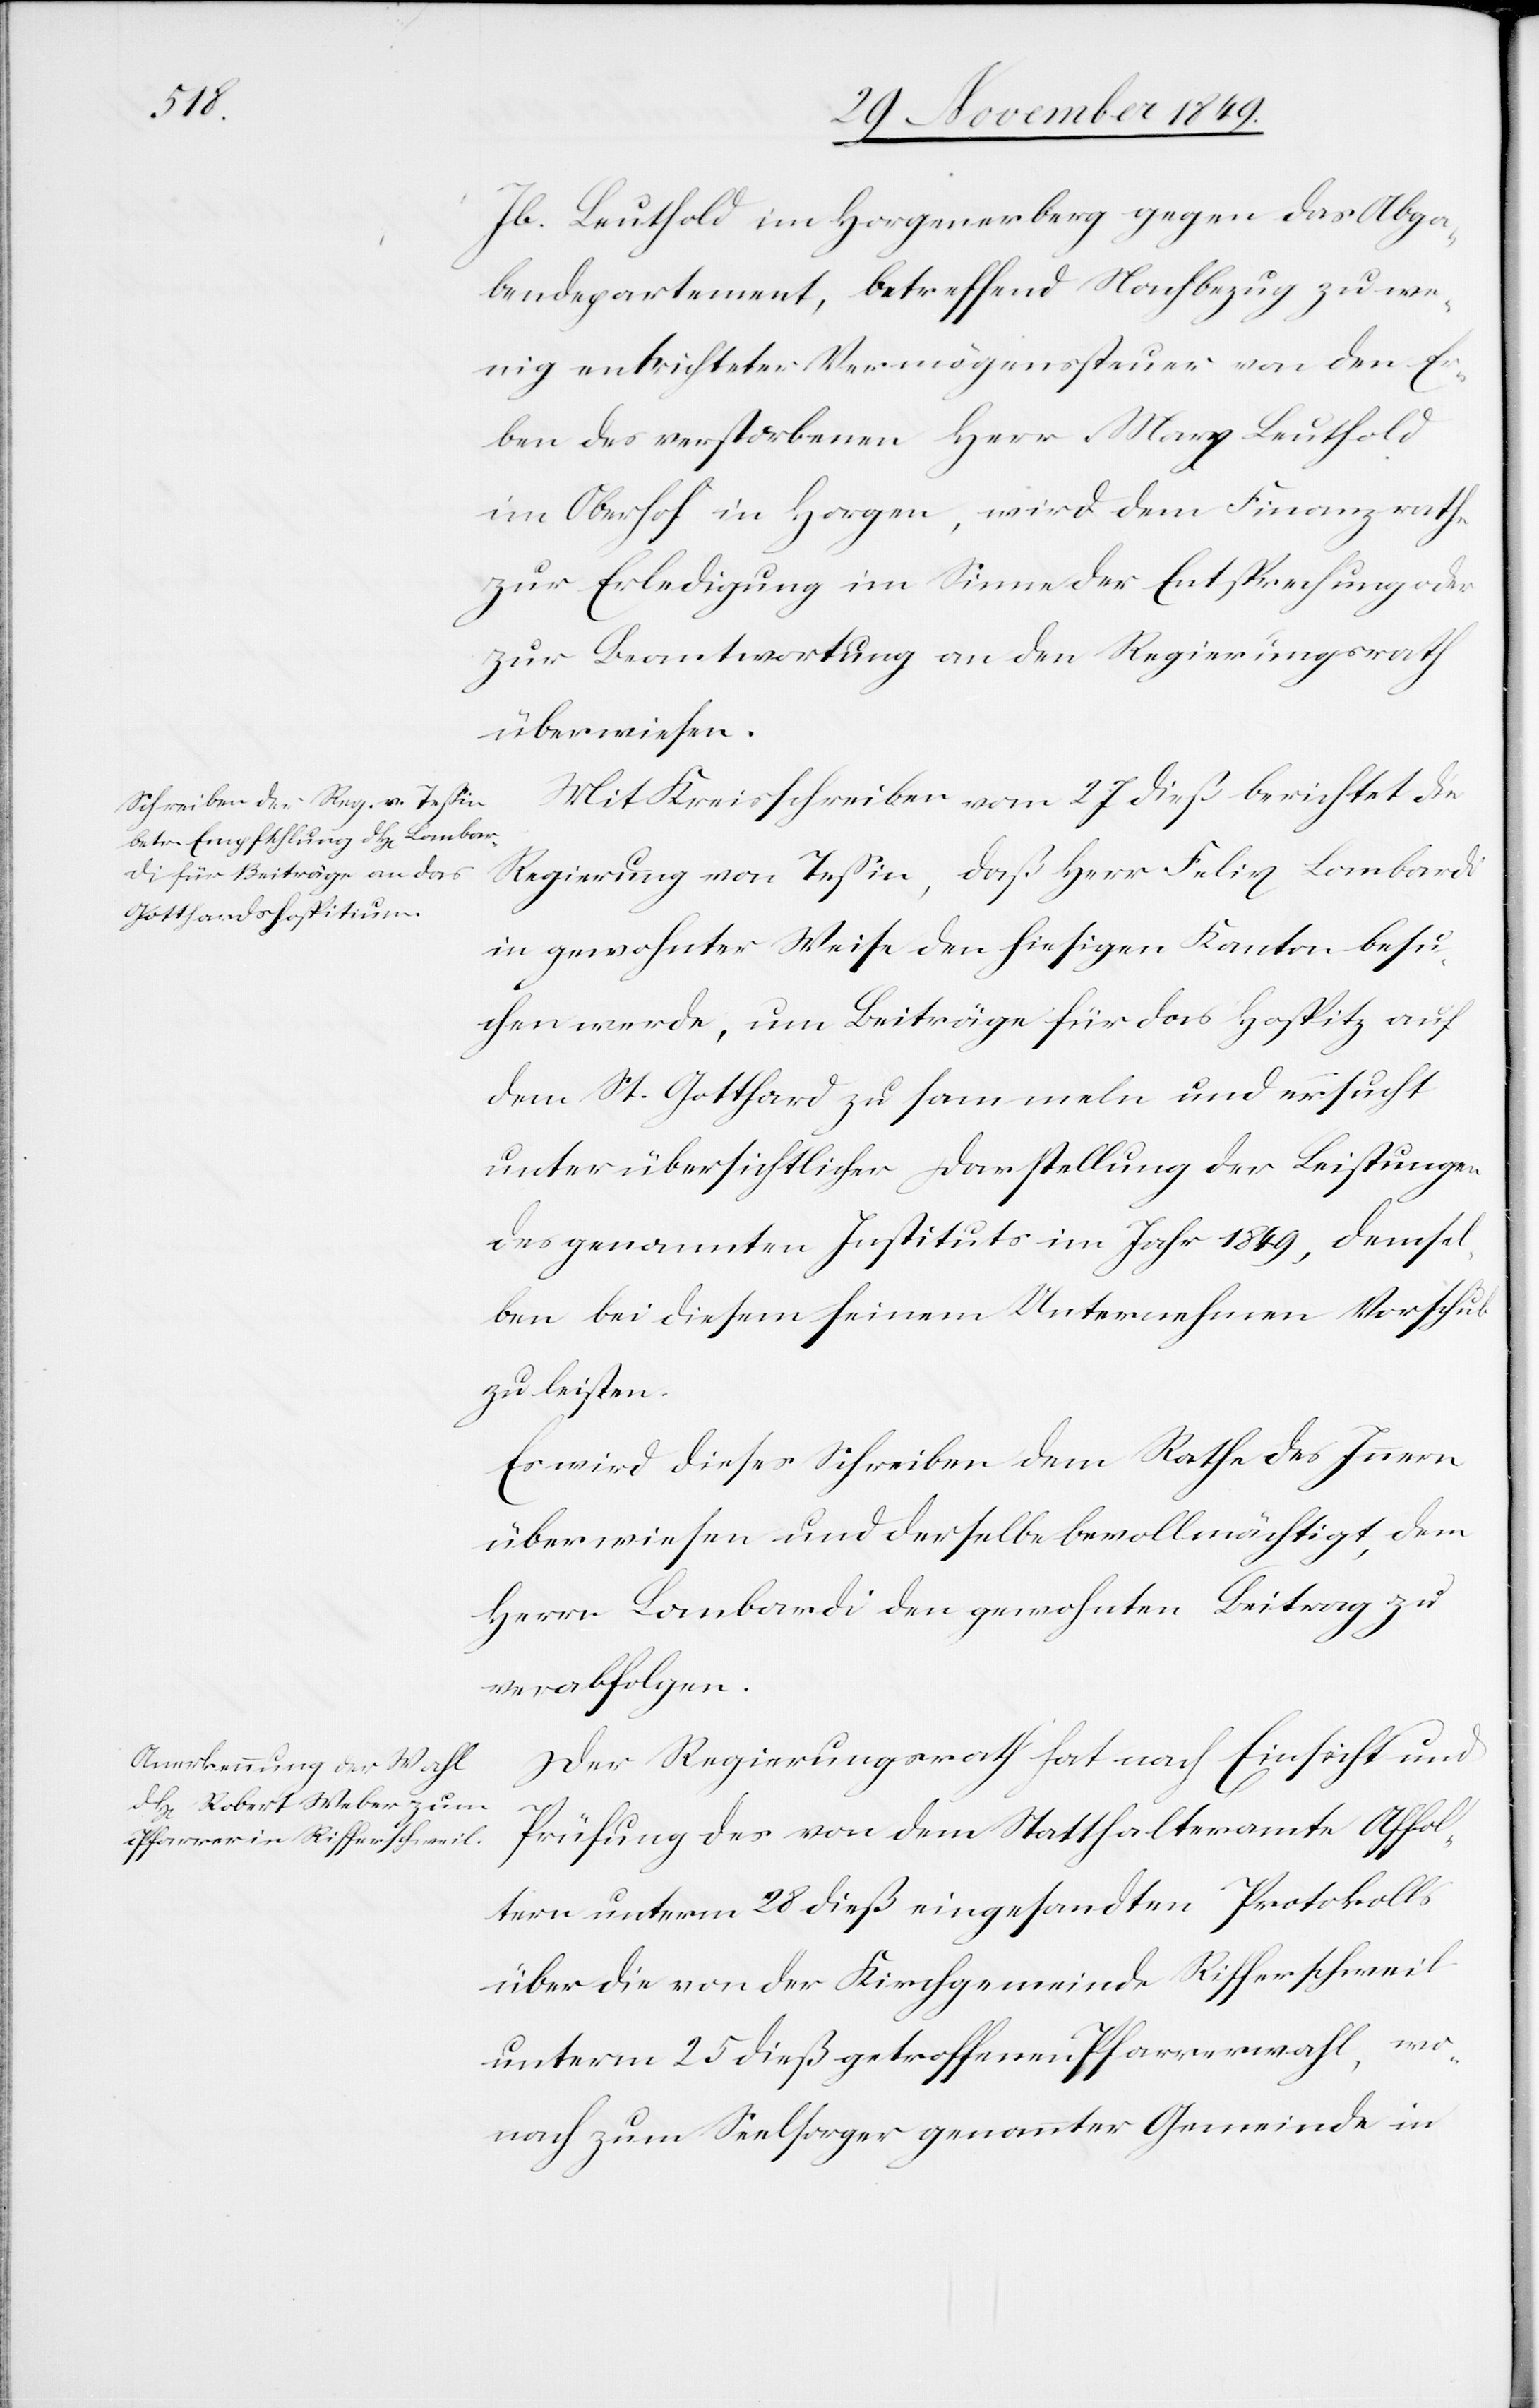
Jb. Leuthold im Horgenerberg gegen das Abga¬
bendepartement, betreffend Nachbezug zu we¬
nig entrichteter Vermögenssteuer von den Er¬
ben des verstorbenen Herr Marx Leuthold
im Oberhof in Horgen, wird dem Finanzrathe
zur Erledigung im Sinne der Entsprechung oder
zur Beantwortung an den Regierungsrath
überwiesen.
Mit Kreisschreiben vom 27 dieß berichtet die
Regierung von Teßin, daß Herr Felix Lombardi
in gewohnter Weise den hiesigen Kanton besu¬
chen werde, um Beiträge für das Hospitz auf
dem St. Gotthard zu sammeln und ersucht
unter übersichtlicher Darstellung der Leistungen
des genannten Instituts im Jahr 1849, demsel¬
ben bei diesem seinem Unternehmen Vorschub
zu leisten.
Es wird dieses Schreiben dem Rathe des Innern
überwiesen und derselbe bevollmächtigt, dem
Herrn Lombardi den gewohnten Beitrag zu
verabfolgen.
Der Regierungsrath hat nach Einsicht und
Prüfung des von dem Statthalteramte Affol¬
tern unterm 28 dieß eingesandten Protokolls
über die von der Kirchgemeinde Rifferschweil
unterm 25 dieß getroffenen Pfarrerwahl, wo¬
nach zum Seelsorger genannter Gemeinde in